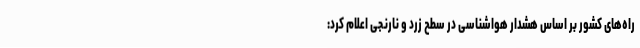
راه‌های کشور بر اساس هشدار هواشناسی در سطح زرد و نارنجی اعلام کرد: